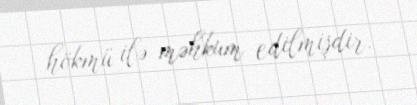
hökmü ilə məhkum edilmişdir.